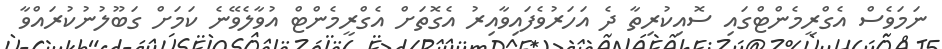
ނަމަވެސް އެގްރީމެންޓްގައި ސޮއިކުރިތާ ދެ އަހަރުވެފައިވާއިރު އެގޮތަށް އެގްރީމެންޓް އުވާލެވޭނެ ކަމަށް ގަބޫލުނުކުރައްވާ